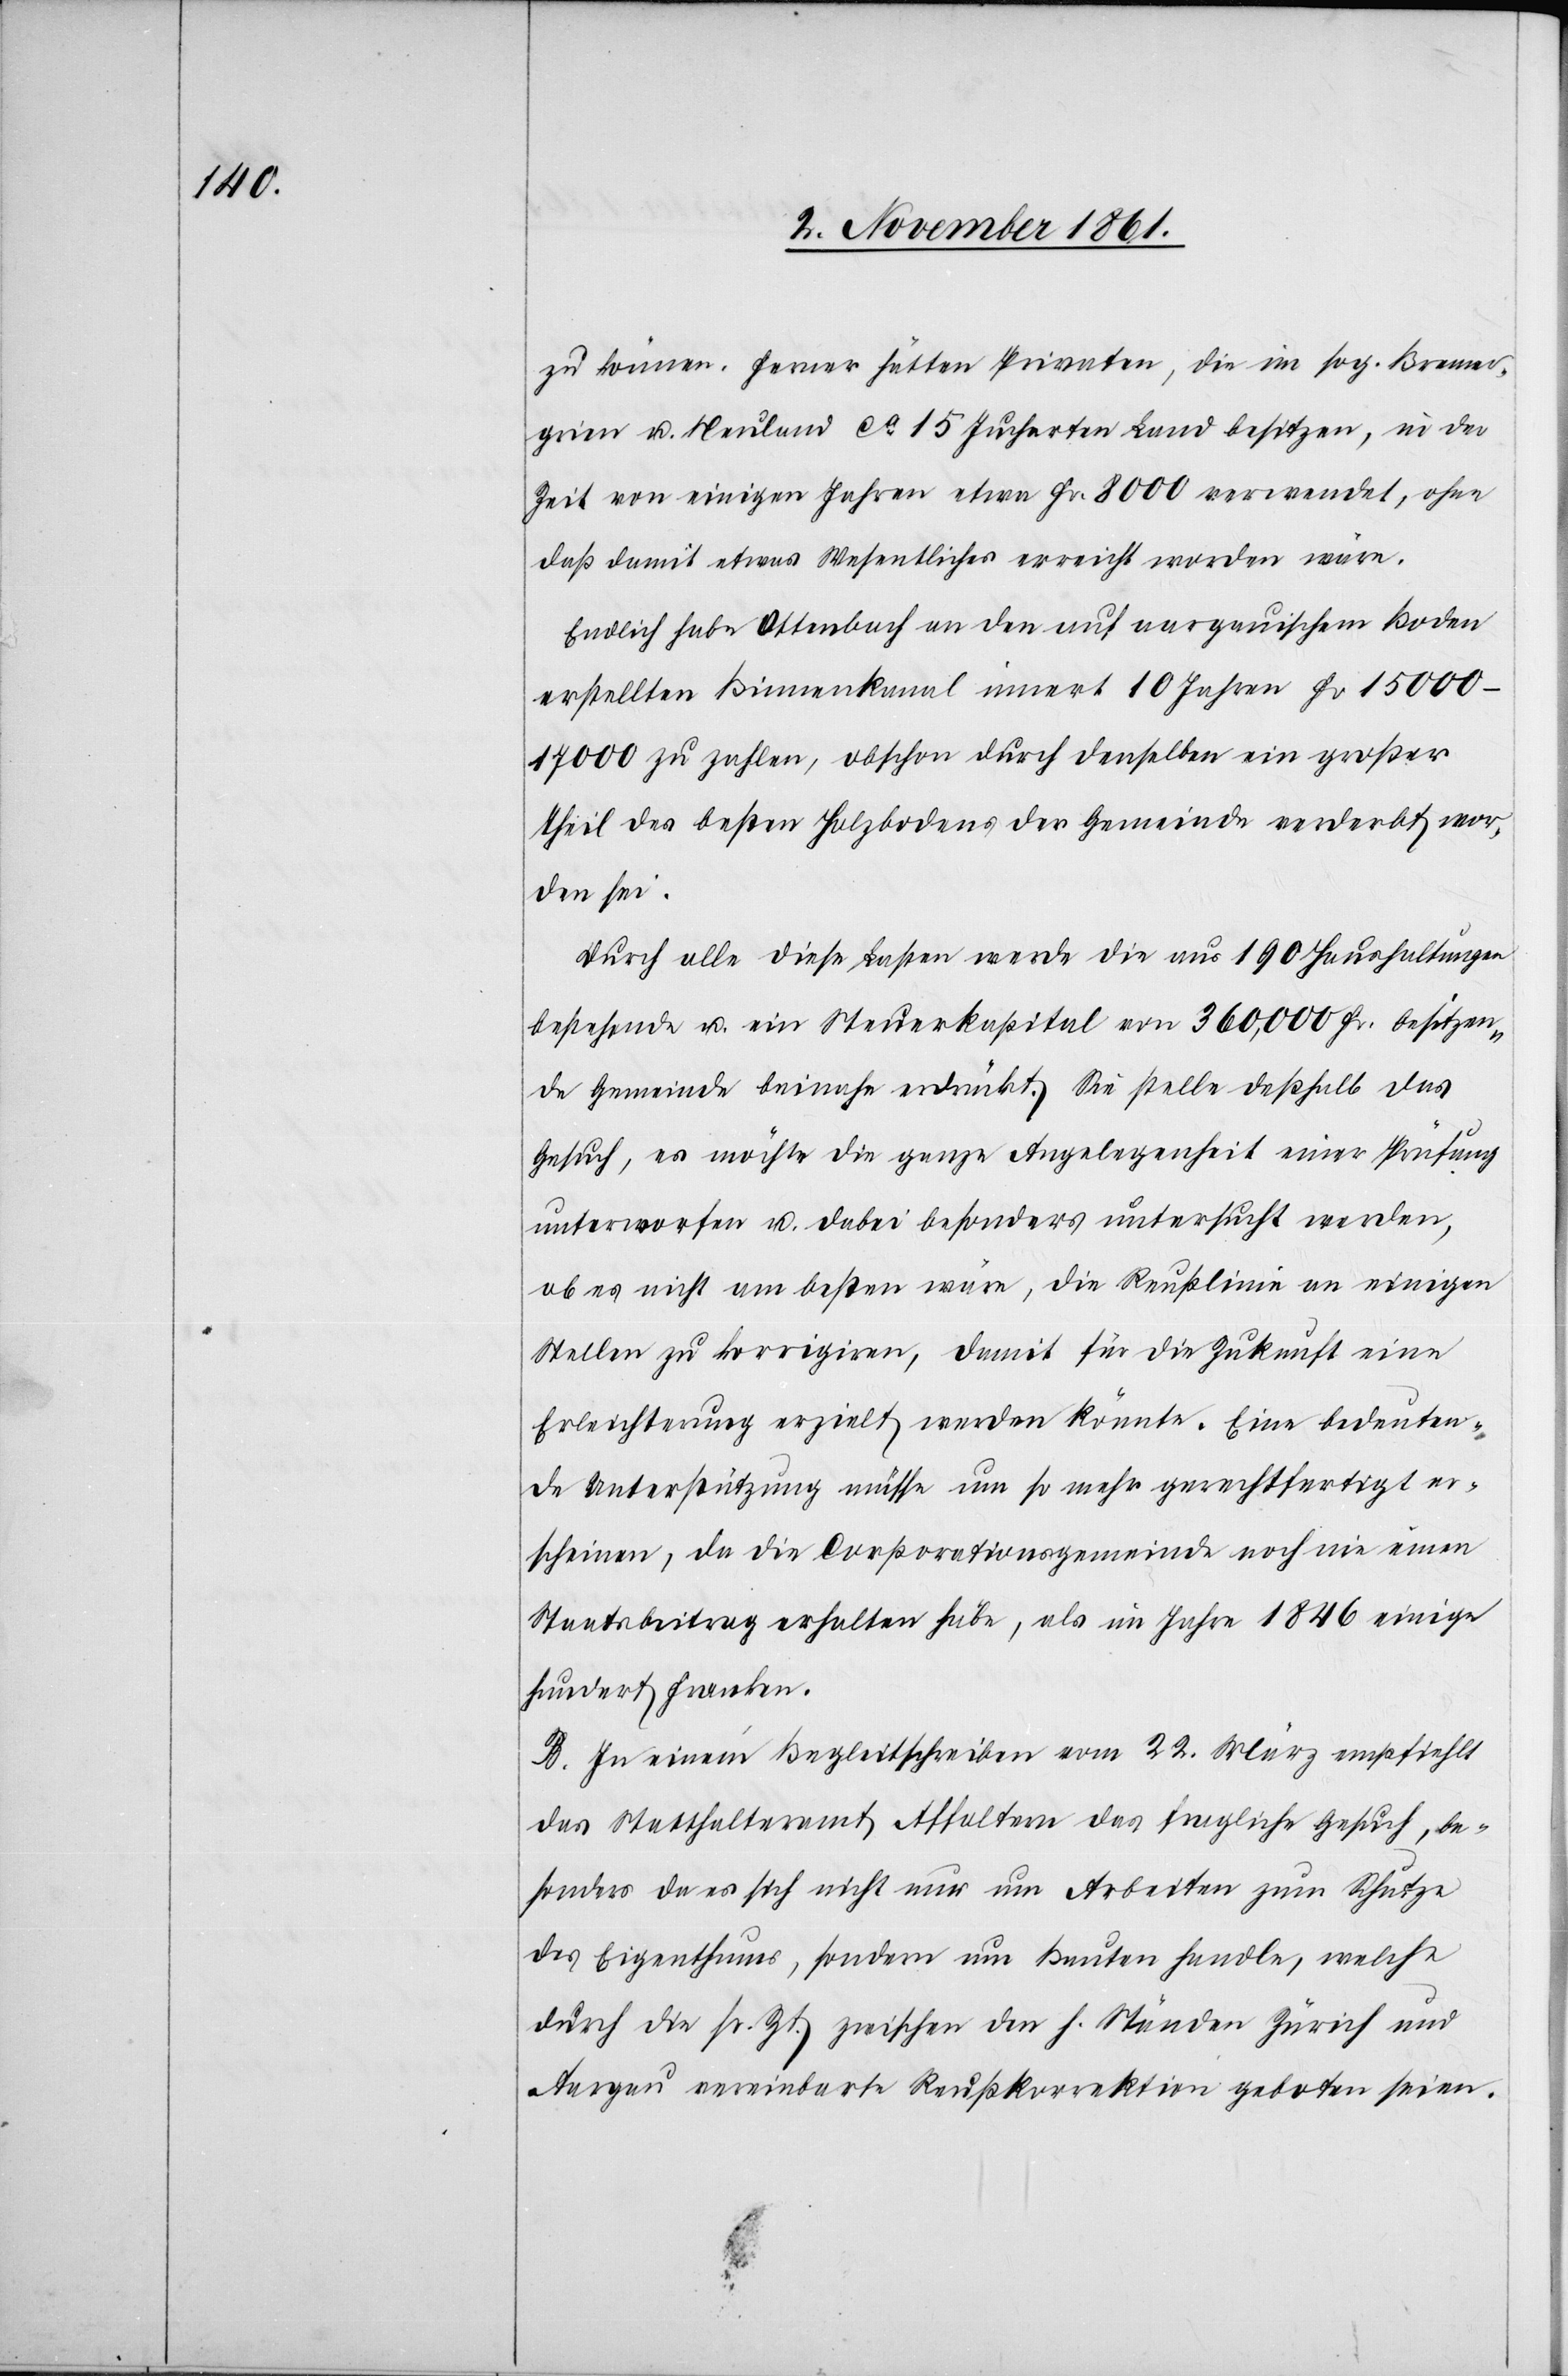
zu können. Ferner hätten Privaten, die im sog. Bremer¬
grien u. Neuland ca 15 Jucharten Land besitzen, in der
Zeit von einigen Jahren etwa Fr. 8000 verwendet, ohne
daß damit etwas Wesentliches erreicht worden wäre.
Endlich habe Ottenbach an den auf aargauischem Boden
erstellten Binnenkanal innert 10 Jahren Fr. 15000–17000
zu zahlen, obschon durch denselben ein großer
Theil des besten Holzbodens der Gemeinde verderbt wor¬
den sei.
Durch alle diese Lasten werde die aus 190 Haushaltungen
bestehende u. ein Steuerkapital von 360'000 Fr. besitzen¬
de Gemeinde beinahe erdrückt. Sie stelle deßhalb das
Gesuch, es möchte die ganze Angelegenheit einer Prüfung
unterworfen u. dabei besonders untersucht werden,
ob es nicht am besten wäre, die Reußlinie an einigen
Stellen zu korrigieren, damit für die Zukunft eine
Erleichterung erzielt werden könnte. Eine bedeuten¬
de Unterstützung müsse um so mehr gerechtfertigt er¬
scheinen, da die Corporationsgemeinde noch nie einen
Staatsbeitrag erhalten habe, als im Jahre 1846 einige
hundert Franken.
B. In einem Begleitschreiben vom 22 März empfiehlt
das Statthalteramt Affoltern das fragliche Gesuch, be¬
sonders da es sich nicht nur um Arbeiten zum Schutze
des Eigenthums, sondern um Bauten handle, welche
durch die sr. Zt. zwischen den h. Ständen Zürich und
Aargau vereinbarte Reußkorrektion geboten seien.